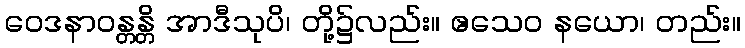
ဝေဒနာဝန္တန္တိ အာဒီသုပိ၊ တို့၌လည်း။ ဧသေဝ နယော၊ တည်း။